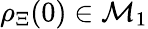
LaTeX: \rho_{\Xi}(0)\in\mathcal{M}_{1}